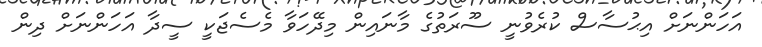
އަހަންނަށް އިޙުސާސް ކުރެވުނީ ސޫރަތުގެ މާނައިން މިދޭހަވާ މެސެޖަކީ ސީދާ އަހަންނަށް ދިން